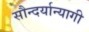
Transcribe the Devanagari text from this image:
सौन्दर्यान्यागी